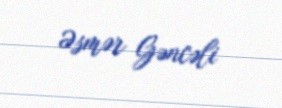
Əsmər Gəncəli